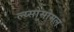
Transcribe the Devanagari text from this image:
ल्य्सोसोमल